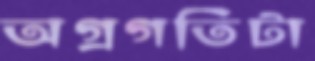
অগ্রগতিটা